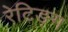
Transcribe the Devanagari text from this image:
रेटिङ्ग